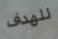
للهدف